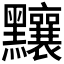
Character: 𪓃